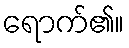
ရောက်၏။